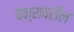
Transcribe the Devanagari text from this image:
चक्रावरील